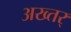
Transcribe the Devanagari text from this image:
अख्तर्